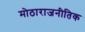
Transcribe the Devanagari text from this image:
मोठाराजनीतिक